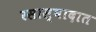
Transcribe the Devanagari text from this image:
रसास्वादात